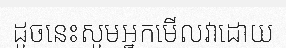
ដូចនេះសូមអ្នកមើលវាដោយ